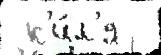
 к'и́л'я